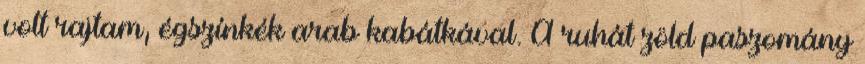
volt rajtam, égszínkék arab kabátkával. A ruhát zöld paszomány